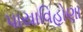
પાયાવિહોણા